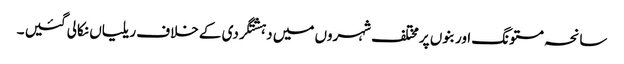
سانحہ مستونگ اور بنوں پرمختلف شہروں میں دہشتگردی کے خلاف ریلیاں نکالی گئیں ۔